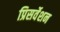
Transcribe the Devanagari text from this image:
प्रिसर्वेशन